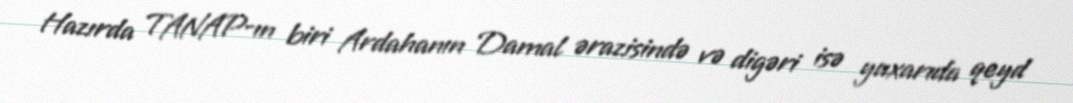
Hazırda TANAP-ın biri Ardahanın Damal ərazisində və digəri isə yuxarıda qeyd